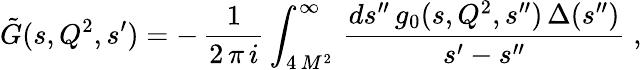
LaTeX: \tilde{G}(s,Q^{2},s^{\prime})=-\, \frac{1}{2\, \pi\, i}\int_{4\, M^{2}}^{\infty}\, \frac{ds^{\prime\prime}\, g_{0}(s,Q^{2},s^{\prime\prime})\, \Delta(s^{\prime\prime})}{s^{\prime}-s^{\prime\prime}}\; ,